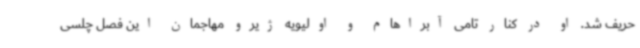
حریف شد. او در کنار تامی آبراهام و اولیویه ژیرو مهاجمان این فصل چلسی